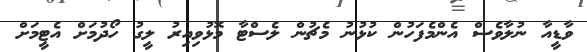
ވާޑީއާ ނުލާވެސް އެންމެފަހުން ކުޅުނު މެޗުން ލެސްޓާ މޮޅުވިއިރު ލީގު ހޯދުމަށް އެޓީމަށް